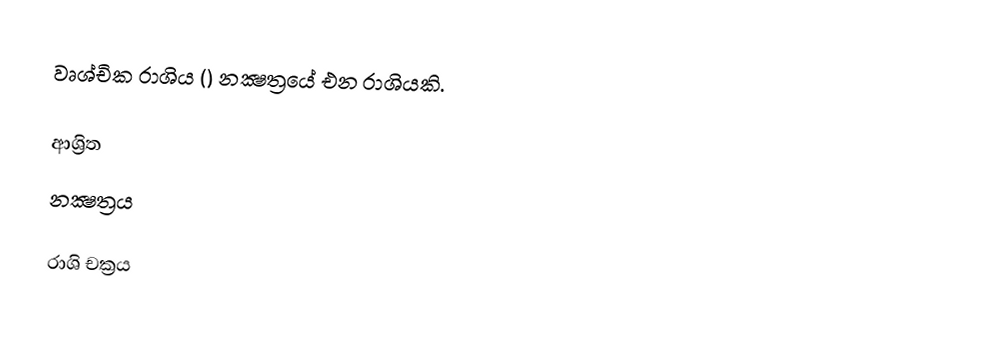
වෘශ්චික රාශිය () නක්‍ෂත්‍රයේ එන රාශියකි.

ආශ්‍රිත
 නක්‍ෂත්‍රය

රාශි චක්‍රය